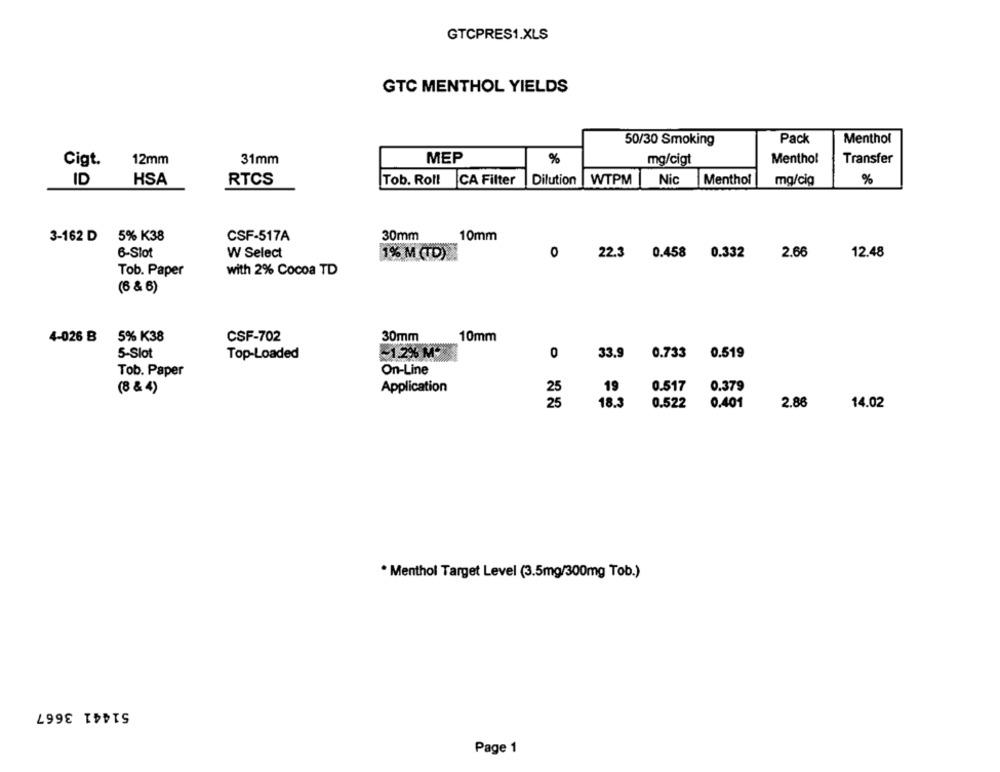
GTCPRES1.XLS
GTC MENTHOL YIELDS
Pack
Menthol
50/30 Smoking
Cigt.
12mm
31mm
MEP
%
mg/cigt
Menthol
Transfer
ID
HSA
RTCS
Tob. Roll CA Filter
Dilution
WTPM
Nic
Menthol
mg/cia
%
3-162 D
5% K38
CSF-517A
30mm
10mm
6-Slot
W Select
0
22.3
0.458 0.332
2.66
12.48
1% M (TD)
Tob. Paper
with 2% Cocoa TD
(6 & 6)
4-026 B 5% K38
CSF-702
30mm
10mm
5-Slot
Top-Loaded
~1.2% M-
O
33.9 0.733 0.519
On-Line
Tob. Paper
(8 & 4)
Application
25
19
0.517
0.379
25
18.3
0.522
0.401
2.86
14.02
* Menthol Target Level (3.5mg/300mg Tob.)
51441 3667
Page 1